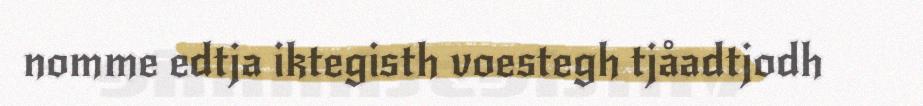
nomme edtja iktegisth voestegh tjåadtjodh